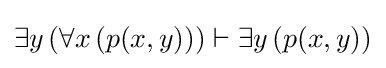
\exists y\left(\forall x\left(p(x,y)\right)\right)\vdash \exists y\left(p(x,y)\right)